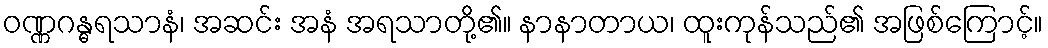
ဝဏ္ဏဂန္ဓရသာနံ၊ အဆင်း အနံ အရသာတို့၏။ နာနာတာယ၊ ထူးကုန်သည်၏ အဖြစ်ကြောင့်။